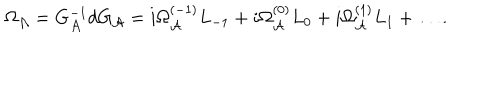
\Omega _ { \cal A } = G _ { \cal A } ^ { - 1 } d G _ { \cal A } = i \Omega _ { \cal A } ^ { ( - 1 ) } L _ { - 1 } + i \Omega _ { \cal A } ^ { ( 0 ) } L _ { 0 } + i \Omega _ { \cal A } ^ { ( 1 ) } L _ { 1 } + \ldots .